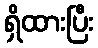
ရှိထားပြီး